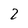
Character: 2